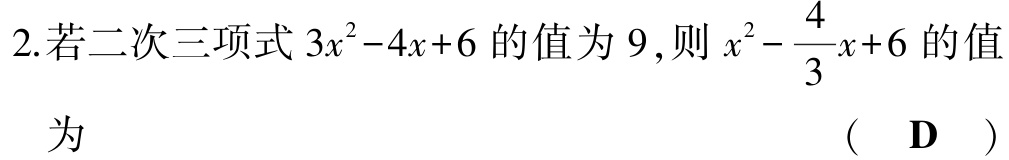
2.若二次三项式\(3x^{2}-4x + 6\)的值为\(9\)，则\(x^{2}-\dfrac{4}{3}x + 6\)的值
为  （  D  ）